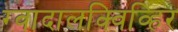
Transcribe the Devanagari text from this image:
ग्वादालक्विव्हिर